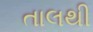
તાલથી